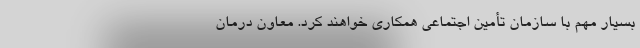
بسیار مهم با سازمان تأمین اجتماعی همکاری خواهند کرد. معاون درمان